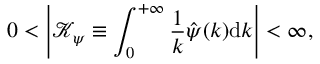
0 < \left| \mathcal { K } _ { \psi } \equiv \int _ { 0 } ^ { + \infty } \frac { 1 } { k } \hat { \psi } ( k ) \mathrm { d } k \right| < \infty ,